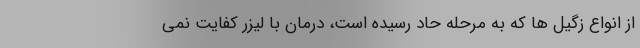
از انواع زگیل ها که به مرحله حاد رسیده است، درمان با لیزر کفایت نمی